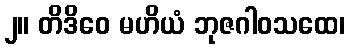
၂။ တိဒိဝေ မဟိယံ ဘုဇဂါဝသထေ၊